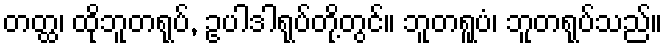
တတ္ထ၊ ထိုဘူတရုပ်, ဥပါဒါရုပ်တို့တွင်။ ဘူတရူပံ၊ ဘူတရုပ်သည်။